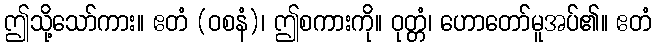
ဤသို့သော်ကား။ ဧတံ (ဝစနံ)၊ ဤစကားကို။ ဝုတ္တံ၊ ဟောတော်မူအပ်၏။ ဧတံ